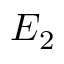
E _ { 2 }